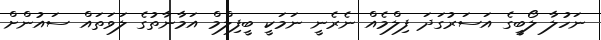
ނަހުލާ ލޯބީގެ އަސަރުގަދަ ފިލްމެއް ނެރެނީ ނަމަކީ ބީފިލްމް އަމާނާތުގެ ލަވަތައް ސައުންށް